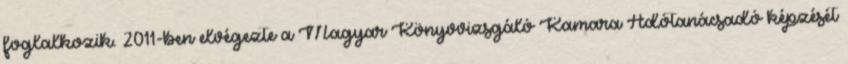
foglalkozik. 2011-ben elvégezte a Magyar Könyvvizsgáló Kamara Adótanácsadó képzését